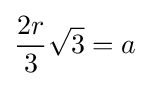
{\frac {2r}{3}}{\sqrt {3}}=a\!